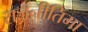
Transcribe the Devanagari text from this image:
राजनीतिमा